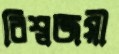
বিশ্বজয়ী